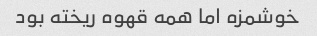
خوشمزه اما همه قهوه ریخته بود